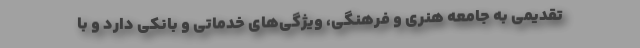
تقدیمی به جامعه هنری و فرهنگی، ویژگی‌های خدماتی و بانکی دارد و با